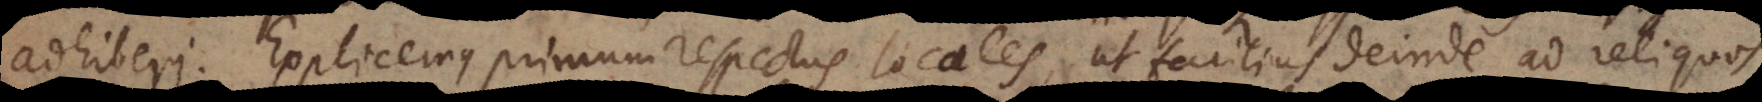
adhiberi. Explicemus primum respectus locales, ut facilius deinde ad reliquos